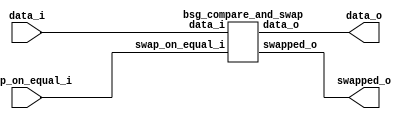


module top
(
  data_i,
  swap_on_equal_i,
  data_o,
  swapped_o
);

  input [63:0] data_i;
  output [63:0] data_o;
  input swap_on_equal_i;
  output swapped_o;

  bsg_compare_and_swap
  wrapper
  (
    .data_i(data_i),
    .data_o(data_o),
    .swap_on_equal_i(swap_on_equal_i),
    .swapped_o(swapped_o)
  );


endmodule



module bsg_compare_and_swap
(
  data_i,
  swap_on_equal_i,
  data_o,
  swapped_o
);

  input [63:0] data_i;
  output [63:0] data_o;
  input swap_on_equal_i;
  output swapped_o;
  wire [63:0] data_o;
  wire swapped_o,N0,N1,N2;
  assign swapped_o = data_i[31:0] > data_i[63:32];
  assign data_o = (N0)? { data_i[31:0], data_i[63:32] } : 
                  (N1)? data_i : 1'b0;
  assign N0 = swapped_o;
  assign N1 = N2;
  assign N2 = ~swapped_o;

endmodule